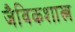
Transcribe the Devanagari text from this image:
जैविकशास्त्र